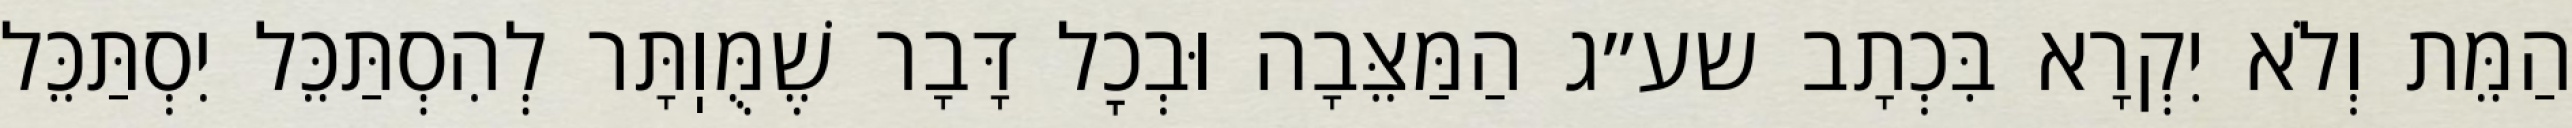
הַמֵּת וְלֹא יִקְרָא בִּכְתָב שע״ג הַמַּצֵּבָה וּבְכׇל דָּבָר שֶׁמֻּוֽתָּר לְהִסְתַּכֵּל יִסְתַּכֵּל